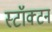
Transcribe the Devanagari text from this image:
स्टॉक्टन